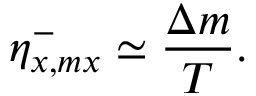
{ \eta } _ { x , m x } ^ { - } \simeq \frac { \Delta m } { T } .